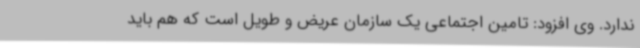
ندارد. وی افزود: تامین اجتماعی یک سازمان عریض و طویل است که هم باید